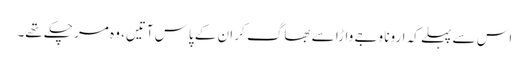
اس سے پہلے کہ ارونا وجے واڑا سے بھاگ کر ان کے پاس آتیں، وہ مر چکے تھے۔